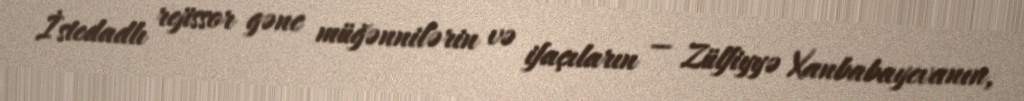
İstedadlı rejissor gənc müğənnilərin və ifaçıların — Zülfiyyə Xanbabayevanın,